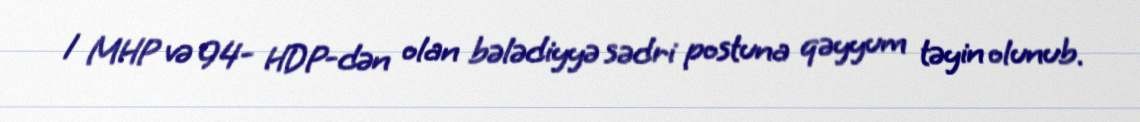
1 MHP və 94- HDP-dən olan bələdiyyə sədri postuna qəyyum təyin olunub.